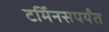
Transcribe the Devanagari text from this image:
टर्मिनसपर्यंत